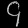
Digit: ၄